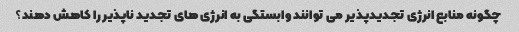
چگونه منابع انرژی تجدیدپذیر می توانند وابستگی به انرژی های تجدید ناپذیر را کاهش دهند؟